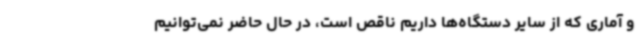
و آماری که از سایر دستگاه‌ها داریم ناقص است، در حال حاضر نمی‌توانیم